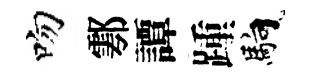
吻鄠譚踵馿